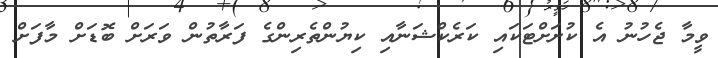
ވީމާ ޖެހުނު އެ ކުށަށްޓަކައި ކަރެކްޝަނާއި ކިޔުންތެރިންގެ ފަރާތުން ވަރަށް ބޮޑަށް މާފަށް